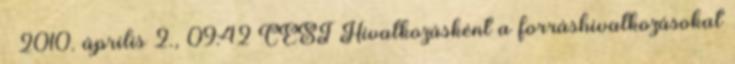
→ 2010. április 2., 09:42 CEST Hivatkozásként a forráshivatkozásokat